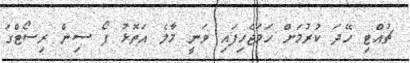
ޗުއްޓި ހޭދަ ކުރުމަށް ހަމަޖެހިފައި ވަނީ މާލެ އަތޮޅު ފޯ ސިން ރިސޯޓްގަ